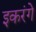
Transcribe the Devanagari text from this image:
इकरंगे